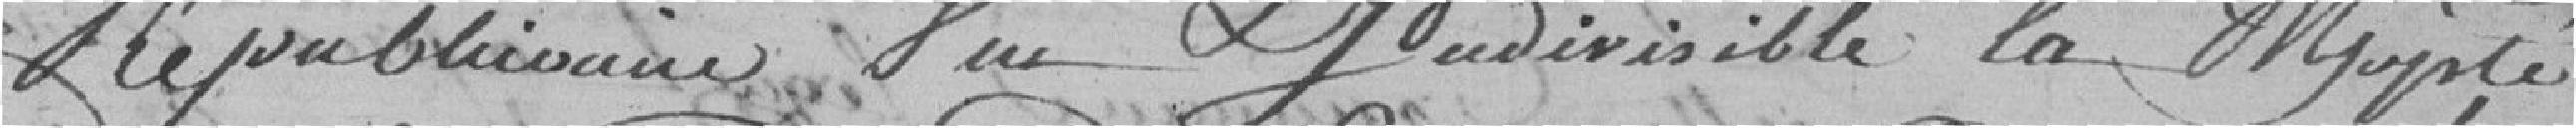
Républicaine une et indivisible la municipalité